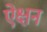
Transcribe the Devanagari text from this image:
ऐक्षन